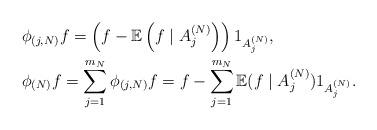
LaTeX: \begin{align*}& \phi_{(j,N)}f=\left( f-\mathbb{E}\left( f\;|\;A_{j}^{(N)}\right) \right)1_{A_{j}^{(N)}},\\ & \phi_{(N)}f=\sum_{j=1}^{m_{N}}\phi_{(j,N)}f=f-\sum_{j=1}^{m_{N}}\mathbb{E}(f\;|\;A_{j}^{(N)})1_{A_{j}^{(N)}}.\end{align*}